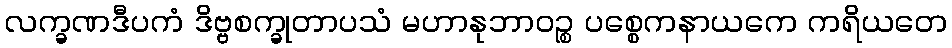
လက္ခဏဒီပကံ ဒိဗ္ဗစက္ခုတာပသံ မဟာနုဘာဝဉ္စ ပစ္စေကနာယကေ ကရိယတေ